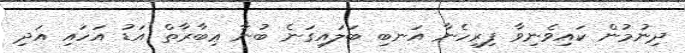
ދިނުމުން ކައިވެނިވާ ފިރިހެނާ އަނބި ބަލައިގަނެ ބުނާ ޢިބާރާތް އަޑު އަހައި އަދި